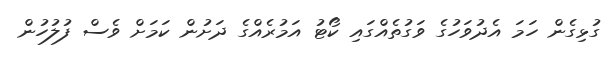
ގުޅިގެން ހަމަ އެދުވަހުގެ ވަގުތެއްގައި ކޯޓު އަމުރެއްގެ ދަށުން ކަމަށް ވެސް ފުލުހުން